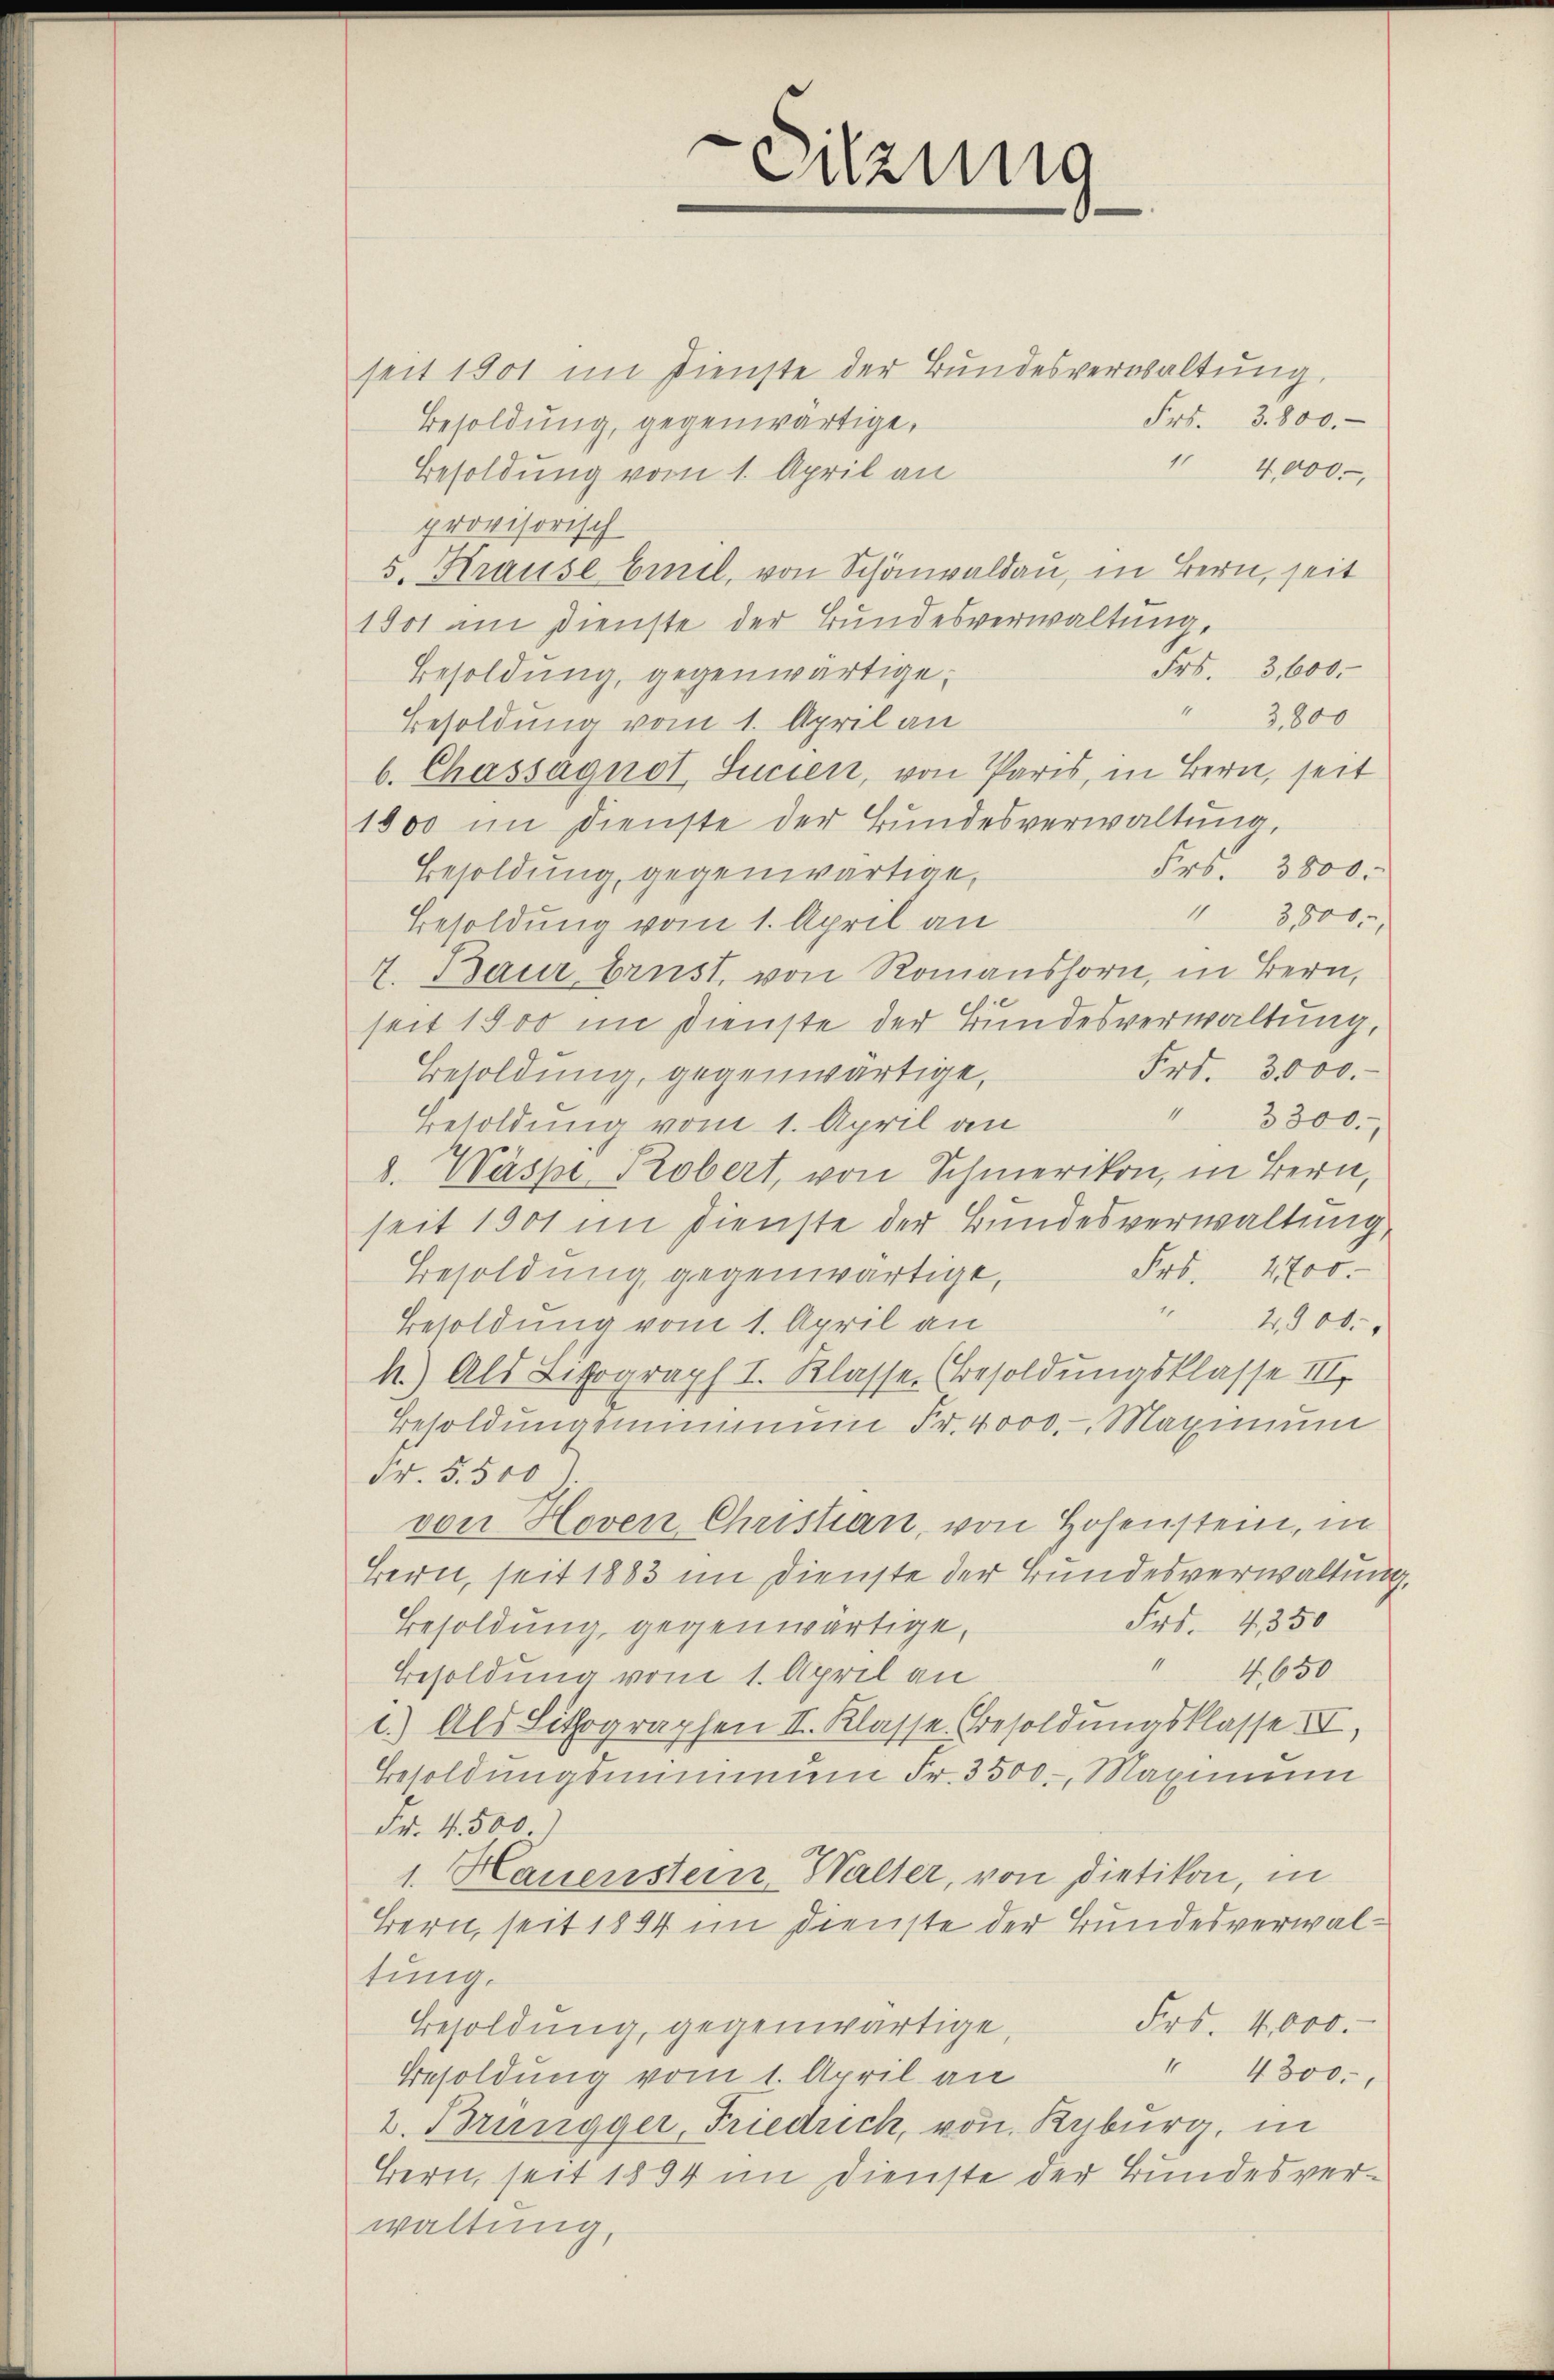
seit 1901 im Dienste der Bundesverwaltung.
Frs. 3. 800.
Besoldung, gegenwärtige,
14,000
Besoldung vom 1. April an
provisorisch
5. Krause Einel, von Schönaldau, in Bern, seit
1801 am Dienste der Bundesverwaltung,
Frs. 3,600.
Besoldung, gegenwärtige,
4
3,800
Besoldung vom 1. April an
b. Chassaguot, Sucien, von Paris, in Bern, seit
1800 im Dienste der Bundesverwaltung
Frs. 3800:
Besoldung, gegenwärtige,
" 3000.
Besoldung vom 1. April an
7. Baur brust, von Romanshorn, in Bern,
seit 1900 im Dienste der Bundesverwaltung,
Frt. 3000.
Besoldung, gegenwärtige,
" 3300.
Besoldung vom 1. April an
d. Wäspe Robert, von Schmerikon, in Bern,
seit 1901 im Dienste der Bundesverwaltung,
Frs. 4700.
Besoldung gegenwärtige,
" 4900.
Besoldung vom 1. April an
h.) Als Lithograph I. Klasse. (Besoldungsklasse III
Besoldŭngsminimŭm Fr. 4000. Maximum
Fr. 5. 500
von Hoven Christian, von Hosenstein, in
Bern, seit 1883 im Dienste der Bundesverwaltung,
Frs. 4, 350
Besoldung, gegenwärtige,
" 4650
Besoldung vom 1. April an
1.) Als Lithographen II. Klasse Besoldungsklasse IV,
Besoldungsminimum Fr. 3500. Maximum
Fr. 4. 500)
1. Hauenstein Walter, von Dietikon, in
Bern, seit 1894 im Dienste der Bundesverwaltung.
Frs. 4,000.
Besoldung, gegenwärtige,
" 4300.
Besoldung vom 1. April an
2. Brüngger, Friedrich, von Kyburg, in
Bern, seit 1894 im Dienste der Bundesverwaltung,

Sitzung